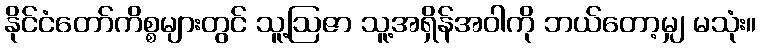
နိုင်ငံတော်ကိစ္စများတွင် သူ့ဩဇာ သူ့အရှိန်အဝါကို ဘယ်တော့မျှ မသုံး။